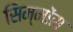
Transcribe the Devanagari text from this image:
सिम्मोंस